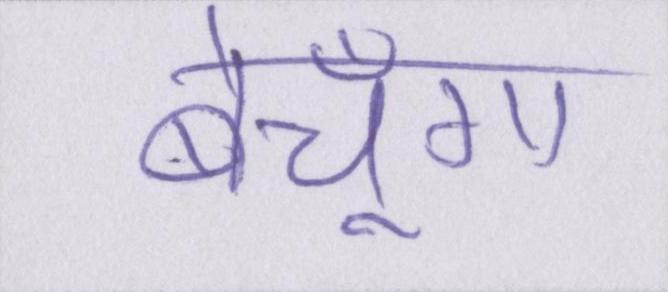
बेचूँगा